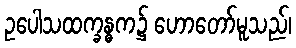
ဥပေါသထက္ခန္ဓက၌ ဟောတော်မူသည်၊